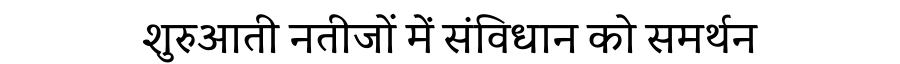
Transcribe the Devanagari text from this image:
शुरुआती नतीजों में संविधान को समर्थन